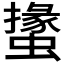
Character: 𧑝